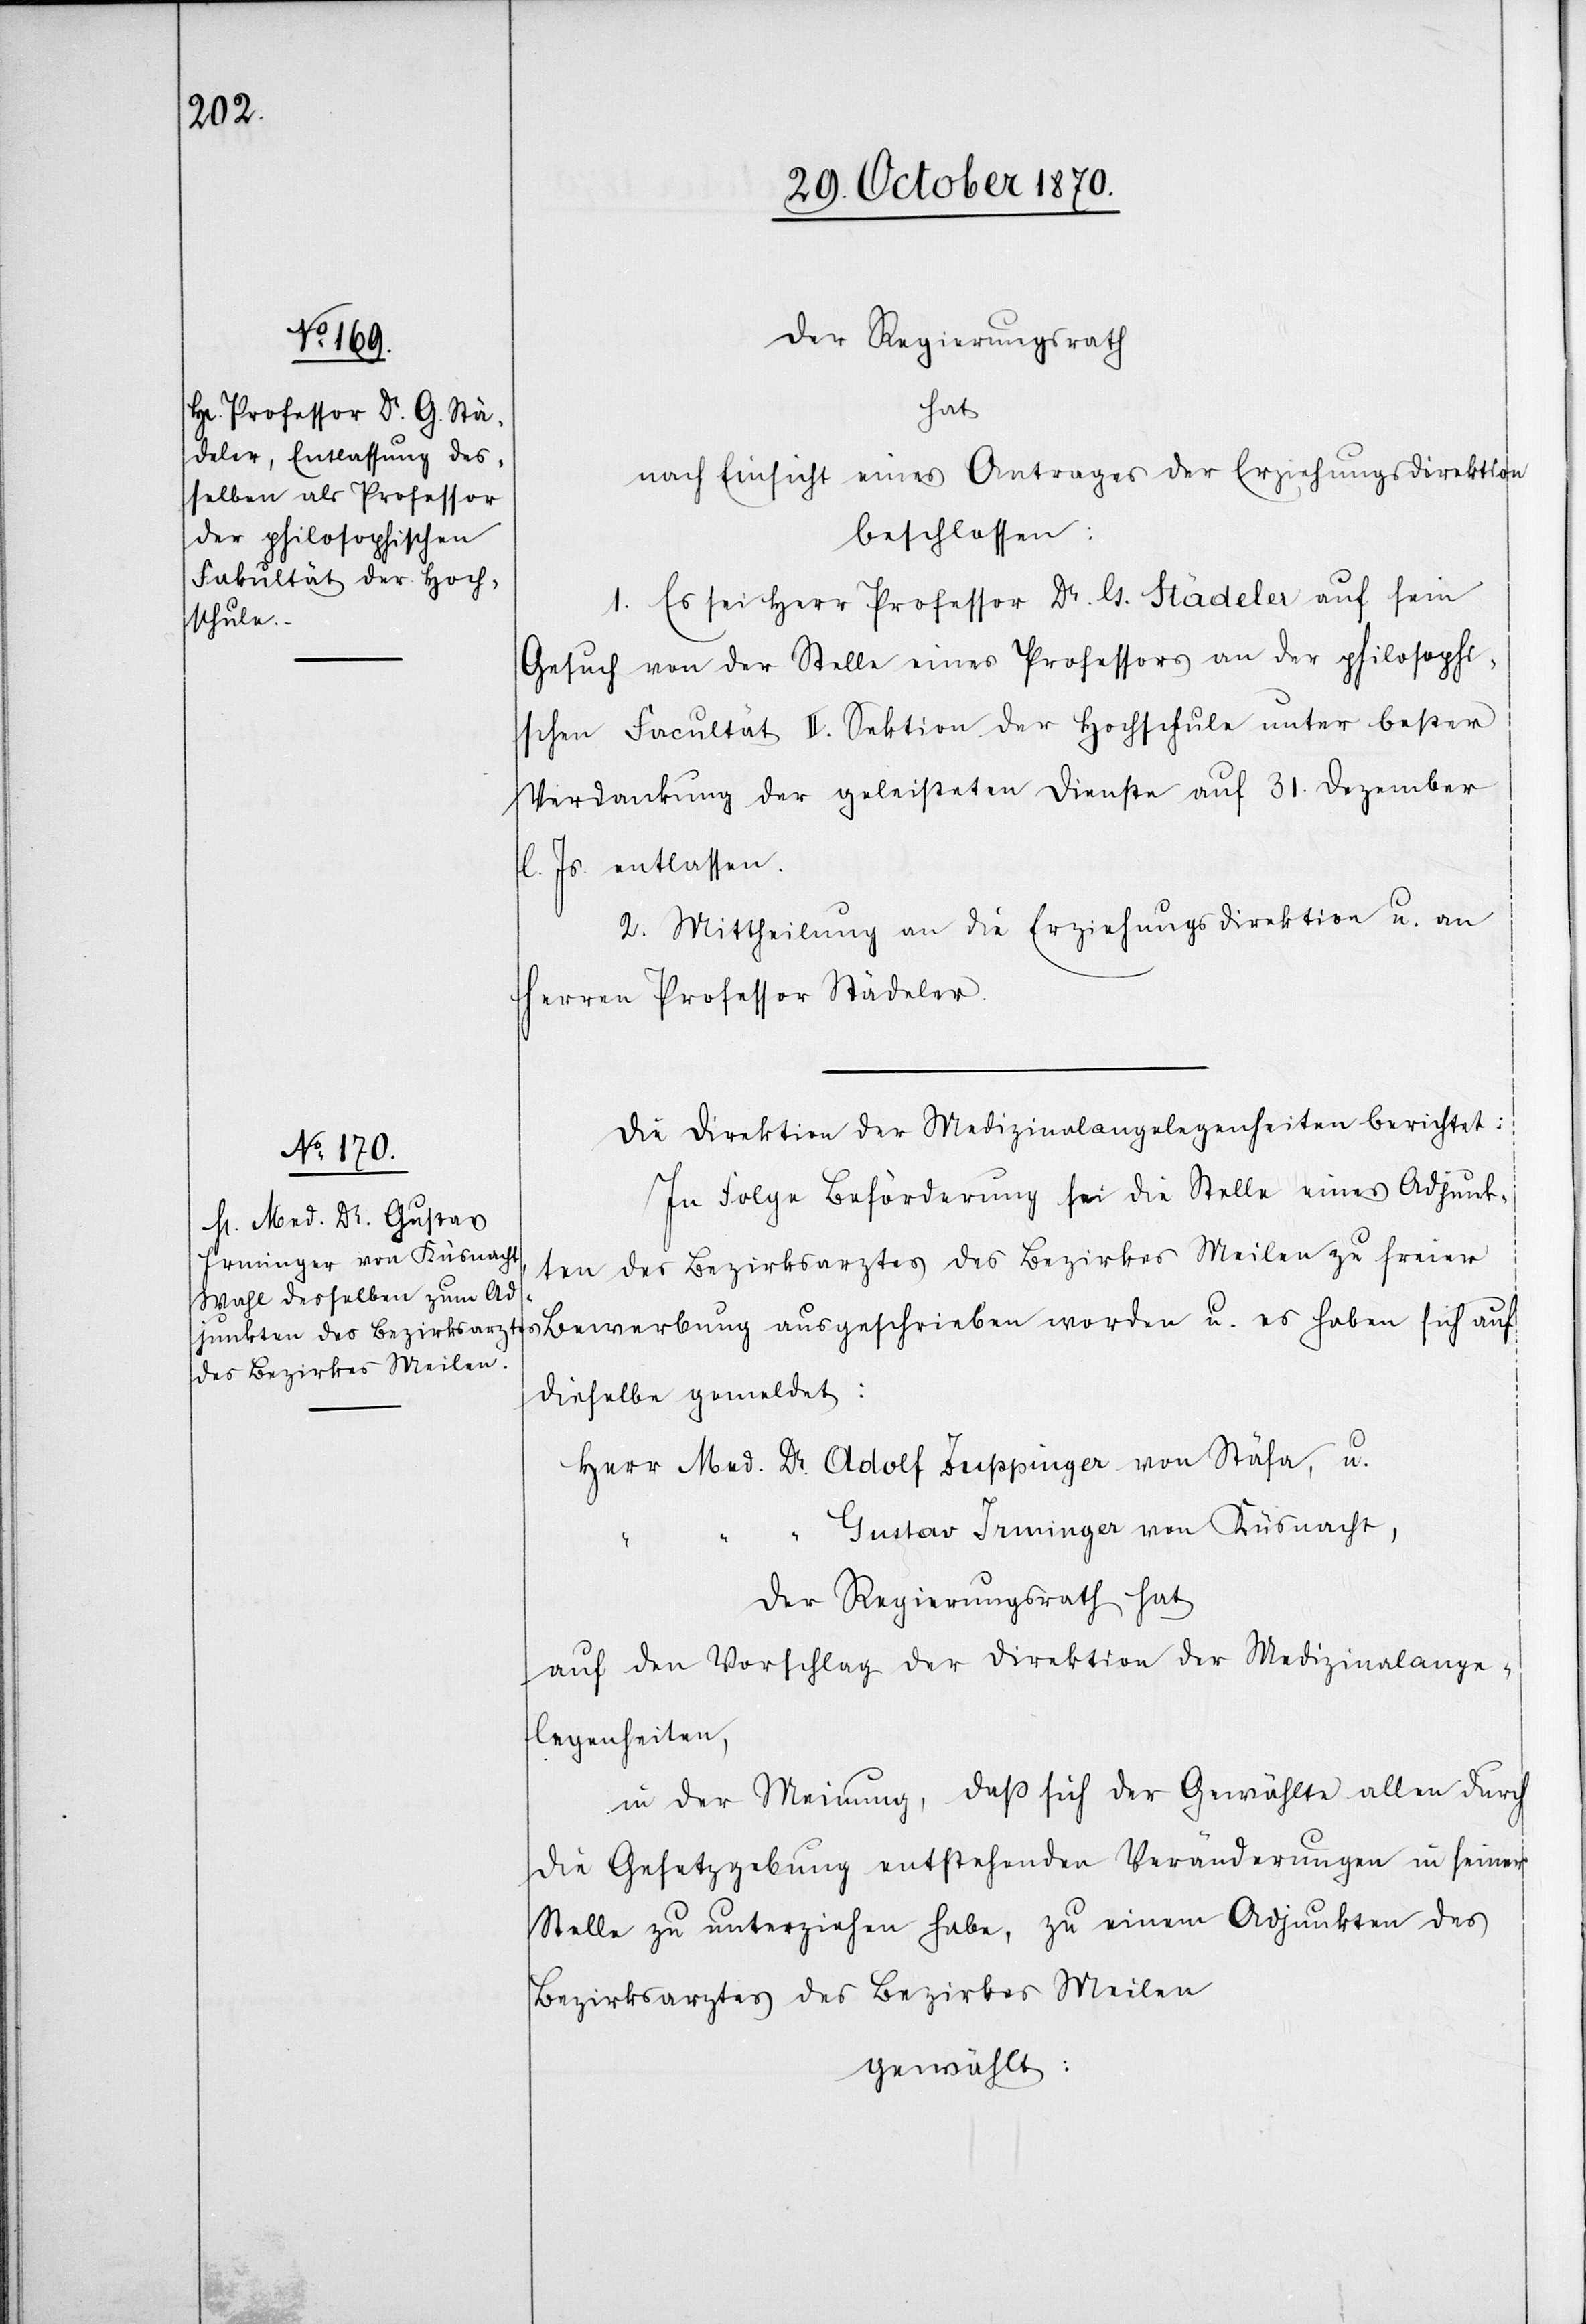
Der Regierungsrath
hat
nach Einsicht eines Antrages der Erziehungsdirektion
beschlossen:
1. Es sei Herr Professor Dr. G. Städeler auf sein
Gesuch von der Stelle eines Professors an der philosophi¬
schen Facultät II. Sektion der Hochschule unter bester
Verdankung der geleisteten Dienste auf 31. Dezember
l. Js. entlassen.
2. Mittheilung an die Erziehungsdirektion u. an
Herren Professor Städeler.
Die Direktion der Medizinalangelegenheiten berichtet:
In Folge Beförderung sei die Stelle eines Adjunk¬
ten des Bezirksarztes des Bezirkes Meilen zu freier
Bewerbung ausgeschrieben worden u. es haben sich auf
dieselbe gemeldet:
Herr Med. Dr. Adolf Zuppinger von Stäfa, u.
Gustav Irminger von Küsnacht,
Der Regierungsrath hat
auf den Vorschlag der Direktion der Medizinalange¬
legenheiten,
in der Meinung, daß sich der Gewählte allen durch
die Gesetzgebung entstehenden Veränderungen in seiner
Stelle zu unterziehen habe, zu einem Adjunkten des
Bezirkksarztes des Bezirkes Meilen
gewählt: